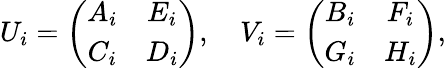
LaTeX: U_{i}=\left(\begin{array}{cc}{{A_{i}}}&{{E_{i}}}\\ {{C_{i}}}&{{D_{i}}}\end{array}\right),\quad V_{i}=\left(\begin{array}{cc}{{B_{i}}}&{{F_{i}}}\\ {{G_{i}}}&{{H_{i}}}\end{array}\right),